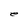
Character: e